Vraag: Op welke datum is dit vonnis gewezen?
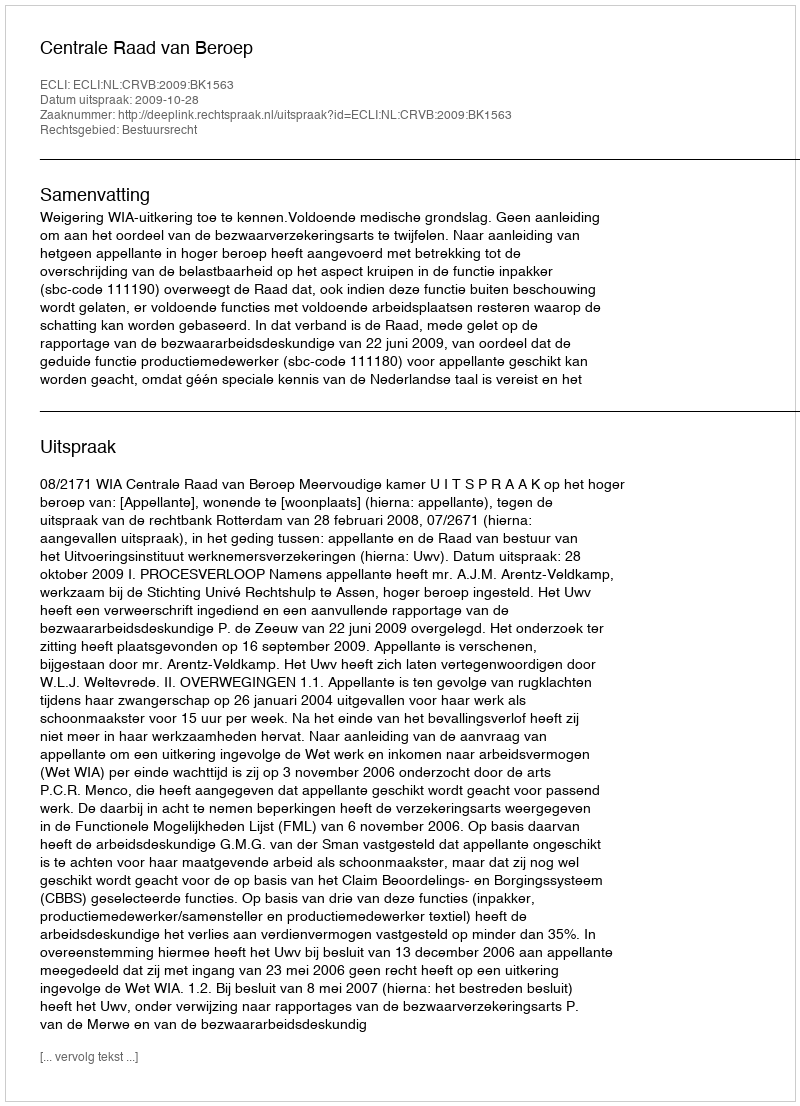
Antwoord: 2009-10-28